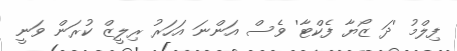
ފިލްމު 'ދަ ޒޯޔާ ފެކްޓާ' ވެސް އަންނަ އަހަރު ރިލީޒް ކުރަން ވަނީ